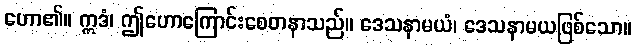
ဟော၏။ ဣဒံ၊ ဤဟောကြောင်းစေတနာသည်။ ဒေသနာမယံ၊ ဒေသနာမယဖြစ်သော။